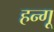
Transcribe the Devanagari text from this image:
हन्गू